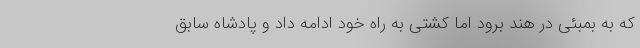
که به بمبئی در هند برود اما کشتی به راه خود ادامه داد و پادشاه سابق